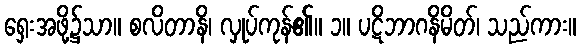
ရှေးအဖို့၌သာ။ စလိတာနိ၊ လှုပ်ကုန်၏။ ၁။ ပဋိဘာဂနိမိတ်၊ သည်ကား။